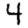
Digit: 4